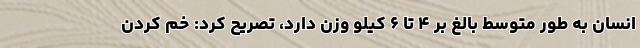
انسان به طور متوسط بالغ بر ۴ تا ۶ کیلو وزن دارد، تصریح کرد: خم کردن